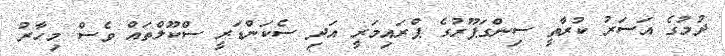
ދުމުގެ އަަސަރު ކުރާތީ ސިންގަޕޫރުގެ ޕްރައިމަރީ އަދި ސެކަންޑަރީ ސްކޫލްތައް ވެސް މިހާރު